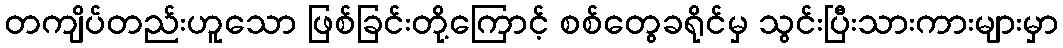
တကျိပ်တည်းဟူသော ဖြစ်ခြင်းတို့ကြောင့် စစ်တွေခရိုင်မှ သွင်းပြီးသားကားများမှာ